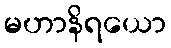
မဟာနိရယော